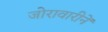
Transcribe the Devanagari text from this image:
जोरावारीनें